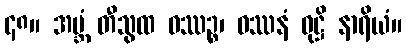
၄၈။ အဗ္ဘံ တီသွထ ဝဿဉ္စ၊ ဝဿနံ ဝုဋ္ဌိ နာရိယံ။